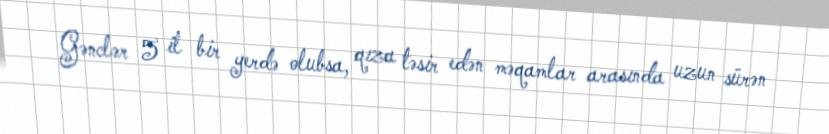
Gənclər 5 il bir yerdə olubsa, qıza təsir edən məqamlar arasında uzun sürən